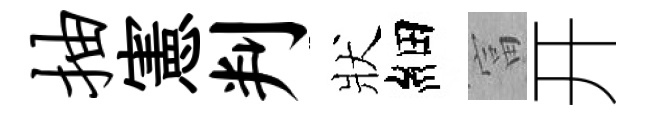
抽憲判狀細富开